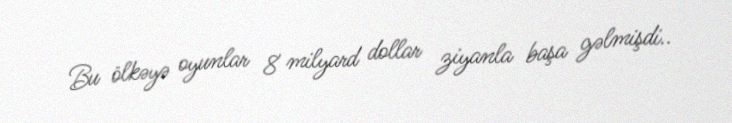
Bu ölkəyə oyunlar 8 milyard dollar ziyanla başa gəlmişdi..